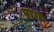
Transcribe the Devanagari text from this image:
प्राग्